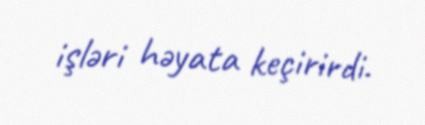
işləri həyata keçirirdi.